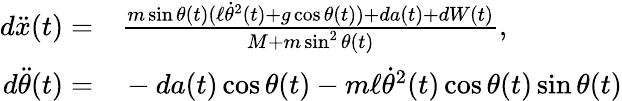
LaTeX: \begin{array}{rl}{d\ddot{x}(t)=}&{{}\frac{m\sin\theta(t)(\ell\dot{\theta}^{2}(t)+g\cos\theta(t))+da(t)+dW(t)}{M+m\sin^{2}\theta(t)},}\\ {d\ddot{\theta}(t)=}&{{}-da(t)\cos\theta(t)-m\ell\dot{\theta}^{2}(t)\cos\theta(t)\sin\theta(t)}\end{array}